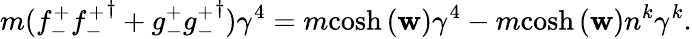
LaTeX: m({f_{-}^{+}}{{f_{-}^{+}}}^{\dagger}+{g_{-}^{+}}{{g_{-}^{+}}}^{\dagger})\gamma^{4}=m{\cosh{(\mathbf{w})}}\gamma^{4}-m{\cosh{(\mathbf{w})}}n^{k}\gamma^{k}.